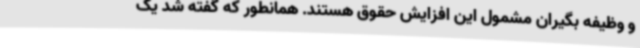
و وظیفه بگیران مشمول این افزایش حقوق هستند. همانطور که گفته شد یک